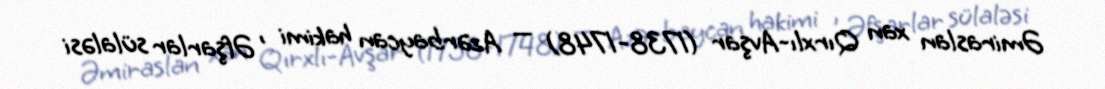
Əmiraslan xan Qırxlı-Avşar (1738-1748) — Azərbaycan hakimi , Əfşarlar sülaləsi